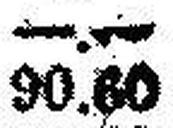
90.60